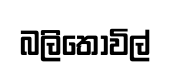
බලිතොවිල්